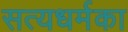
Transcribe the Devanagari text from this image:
सत्यधर्मका